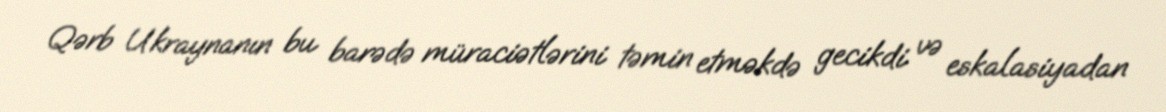
Qərb Ukraynanın bu barədə müraciətlərini təmin etməkdə gecikdi və eskalasiyadan